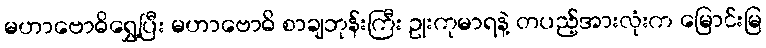
မဟာဗောဓိရွှေ့ပြီး မဟာဗောဓိ စာချဘုန်းကြီး ဥုးကုမာရနဲ့ တပည့်အားလုံးက မြောင်းမြ